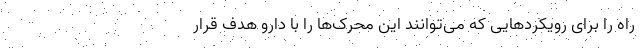
راه را برای رویکردهایی که می‌توانند این محرک‌ها را با دارو هدف قرار